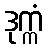
ဒုက္ကံ